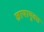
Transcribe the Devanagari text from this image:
छायायुक्त